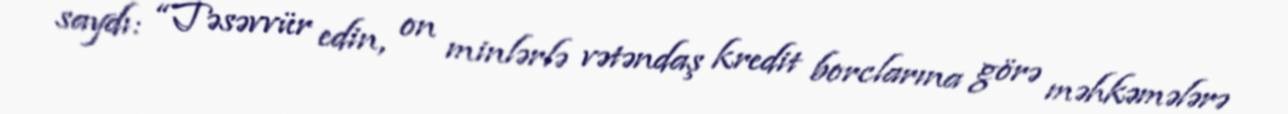
saydı: “Təsəvvür edin, on minlərlə vətəndaş kredit borclarına görə məhkəmələrə